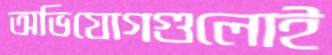
অভিযোগগুলোই